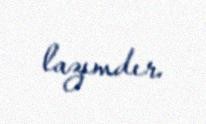
lazımdır.